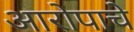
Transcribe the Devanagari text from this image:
आरोपाचे